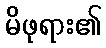
မိဖုရား၏